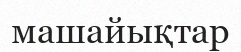
машайықтар